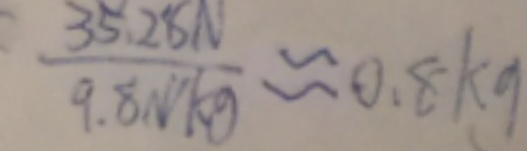
\frac { 3 5 . 2 8 N } { 9 . 8 N / k g } \approx 0 . 8 k g